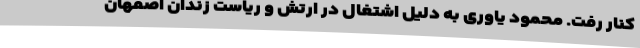
کنار رفت. محمود یاوری به دلیل اشتغال در ارتش و ریاست زندان اصفهان